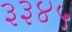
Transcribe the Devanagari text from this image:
३३४५